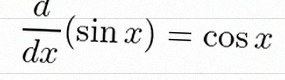
\frac{d}{dx}(\sin x)=\cos x